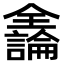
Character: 𫤍